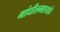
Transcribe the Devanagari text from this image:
गांधीलमाश्यांचे